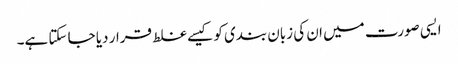
ایسی صورت میں ان کی زبان بندی کو کیسے غلط قرار دیا جا سکتا ہے۔